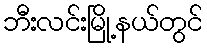
ဘီးလင်းမြို့နယ်တွင်